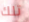
تلك